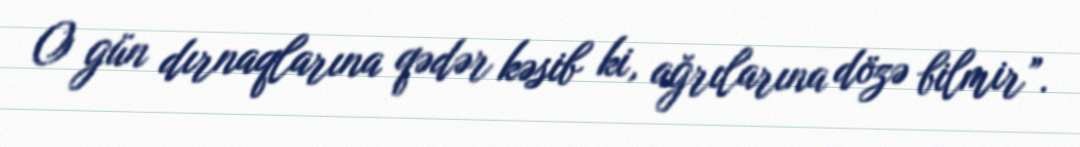
O gün dırnaqlarına qədər kəsib ki, ağrılarına dözə bilmir”.